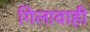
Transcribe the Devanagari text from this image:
गिलावाही